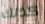
كذلك